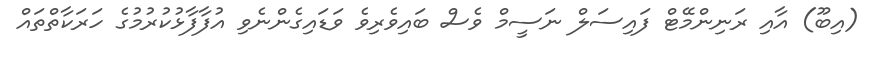
(އިބޫ) އާއި ރަނިންމޭޓް ފައިސަލް ނަސީމް ވެސް ބައިވެރިވެ ވަޑައިގެންނެވި އުފާފާޅުކުރުމުގެ ހަރަކާތްތައް